Indian journal of veterinary science and animal husbandry - Volume 2,
Year: 1932
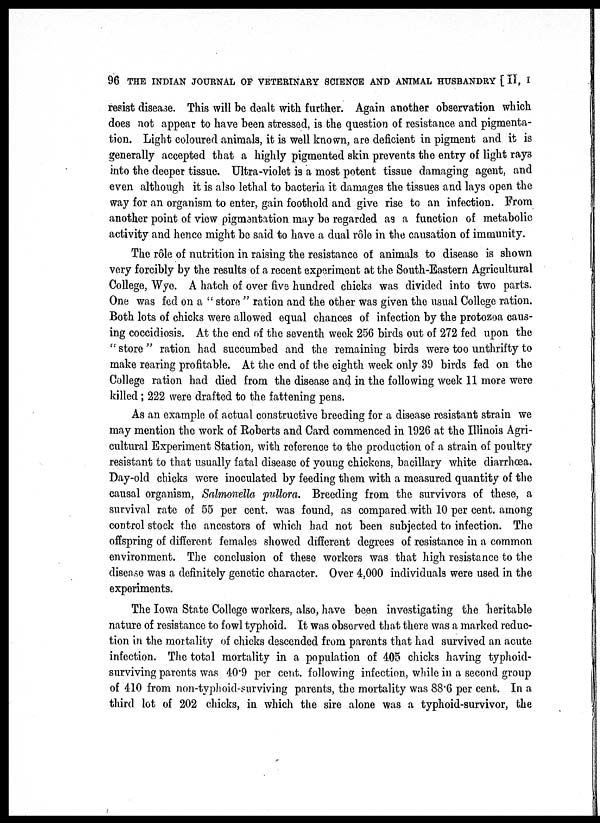
96 THE INDIAN JOURNAL OF VETERINARY SCIENCE AND ANIMAL HUSBANDRY [ II, I
resist disease. This will be dealt with further. Again another observation which
does not appear to have been stressed, is the question of resistance and pigmenta-
tion. Light coloured animals, it is well known, are deficient in pigment and it is
generally accepted that a highly pigmented skin prevents the entry of light rays
into the deeper tissue. Ultra-violet is a most potent tissue damaging agent, and
even although it is also lethal to bacteria it damages the tissues and lays open the
way for an organism to enter, gain foothold and give rise to an infection. From
another point of view pigmentation may be regarded as a function of metabolic
activity and hence might be said to have a dual rôle in the causation of immunity.
The rôle of nutrition in raising the resistance of animals to disease is shown
very forcibly by the results of a recent experiment at the South-Eastern Agricultural
College, Wyc. A hatch of over five hundred chicks was divided into two parts.
One was fed on a " store " ration and the other was given the usual College ration.
Both lots of chicks were allowed equal chances of infection by the protozoa caus-
ing coccidiosis. At the end of the seventh week 256 birds out of 272 fed upon the
" store " ration had succumbed and the remaining birds were too unthrifty to
make rearing profitable. At the end of the eighth week only 39 birds fed on the
College ration had died from the disease and in the following week 11 more were
killed; 222 were drafted to the fattening pens.
As an example of actual constructive breeding for a disease resistant strain we
may mention the work of Roberts and Card commenced in 1926 at the Illinois Agri-
cultural Experiment Station, with reference to the production of a strain of poultry
resistant to that usually fatal disease of young chickens, bacillary white diarrhœa.
Day-old chicks were inoculated by feeding them with a measured quantity of the
causal organism, Salmonella pullora. Breeding from the survivors of these, a
survival rate of 55 per cent. was found, as compared with 10 per cent. among
control stock the ancestors of which had not been subjected to infection. The
offspring of different females showed different degrees of resistance in a common
environment. The conclusion of these workers was that high resistance to the
disease was a definitely genetic character. Over 4,000 individuals were used in the
experiments.
The Iowa State College workers, also, have been investigating the heritable
nature of resistance to fowl typhoid. It was observed that there was a marked reduc-
tion in the mortality of chicks descended from parents that had survived an acute
infection. The total mortality in a population of 405 chicks having typhoid-
surviving parents was 40.9 per cent. following infection, while in a second group
of 410 from non-typhoid-surviving parents, the mortality was 88.6 per cent. In a
third lot of 202 chicks, in which the sire alone was a typhoid-survivor, the